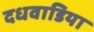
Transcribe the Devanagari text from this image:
दधवाडिया